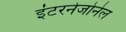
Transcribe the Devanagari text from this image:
इंटरनेजोनेल